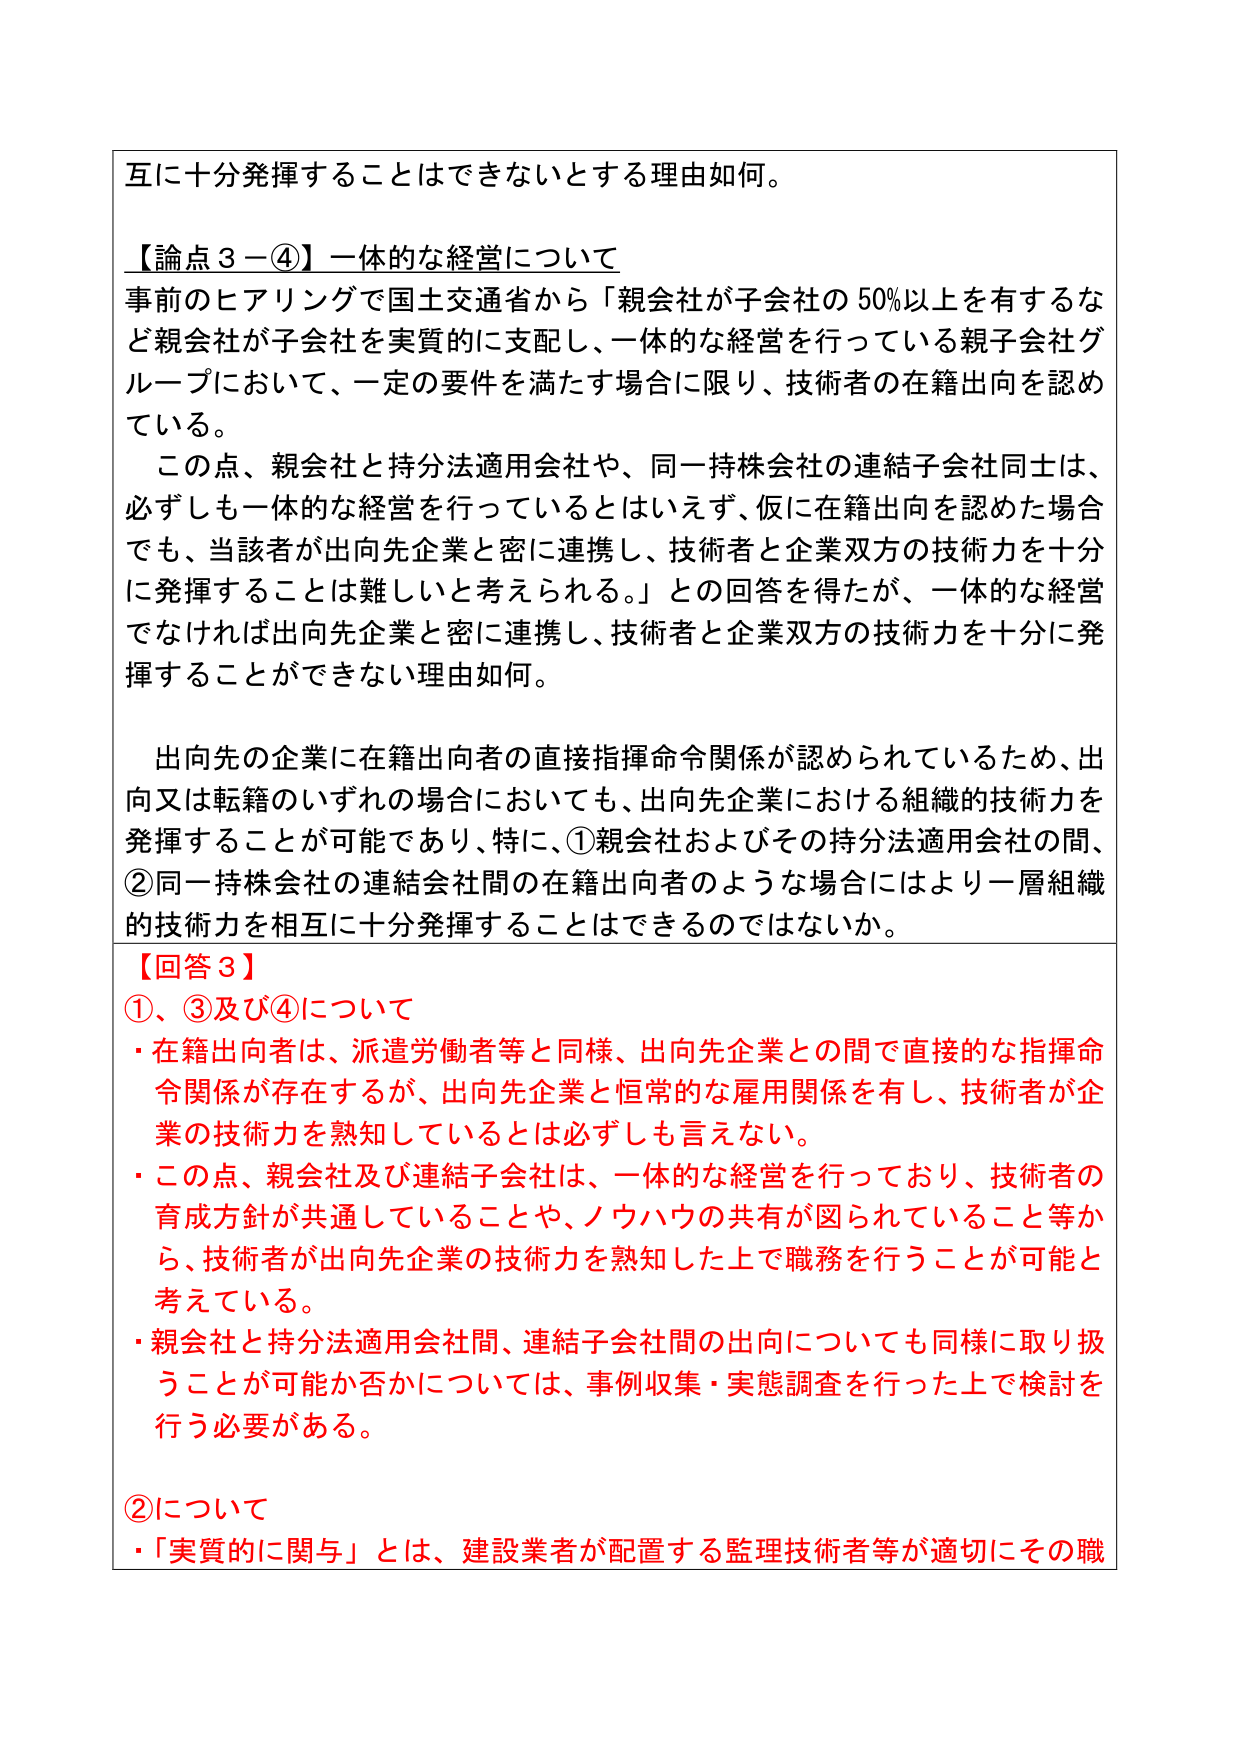
互に十分発揮することはできないとする理由如何。

【論点３－④】一体的な経営について
事前のヒアリングで国土交通省から「親会社が子会社の50％以上を有するなど親会社が子会社を実質的に支配し、一体的な経営を行っている親子会社グループにおいて、一定の要件を満たす場合に限り、技術者の在籍出向を認めている。
この点、親会社と持分法適用会社や、同一持株会社の連結子会社同士は、必ずしも一体的な経営を行っているとはいえず、仮に在籍出向を認めた場合でも、当該者が出向先企業と密に連携し、技術者と企業双方の技術力を十分に発揮することは難しいと考えられる。」との回答を得たが、一体的な経営でなければ出向先企業と密に連携し、技術者と企業双方の技術力を十分に発揮することができない理由如何。

出向先の企業に在籍出向者の直接指揮命令関係が認められているため、出向又は転籍のいずれの場合においても、出向先企業における組織的技術力を発揮することが可能であり、特に、①親会社およびその持分法適用会社の間、②同一持株会社の連結会社間の在籍出向者のような場合にはより一層組織的技術力を相互に十分発揮することはできるのではないか。

【回答３】
①、③及び④について
・在籍出向者は、派遣労働者等と同様、出向先企業との間で直接的な指揮命令関係が存在するが、出向先企業と恒常的な雇用関係を有し、技術者が企業の技術力を熟知しているとは必ずしも言えない。
・この点、親会社及び連結子会社は、一体的な経営を行っており、技術者の育成方針が共通していることや、ノウハウの共有が図られていること等から、技術者が出向先企業の技術力を熟知した上で職務を行うことが可能と考えている。
・親会社と持分法適用会社間、連結子会社間の出向についても同様に取り扱うことが可能か否かについては、事例収集・実態調査を行った上で検討を行う必要がある。

②について
・「実質的に関与」とは、建設業者が配置する監理技術者等が適切にその職